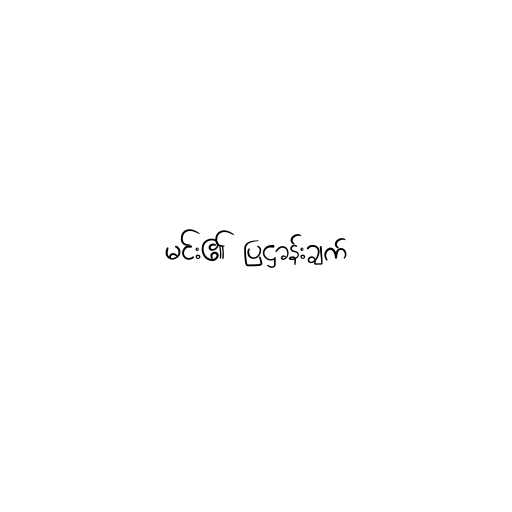
မင်း၏ ပြဋ္ဌာန်းချက်